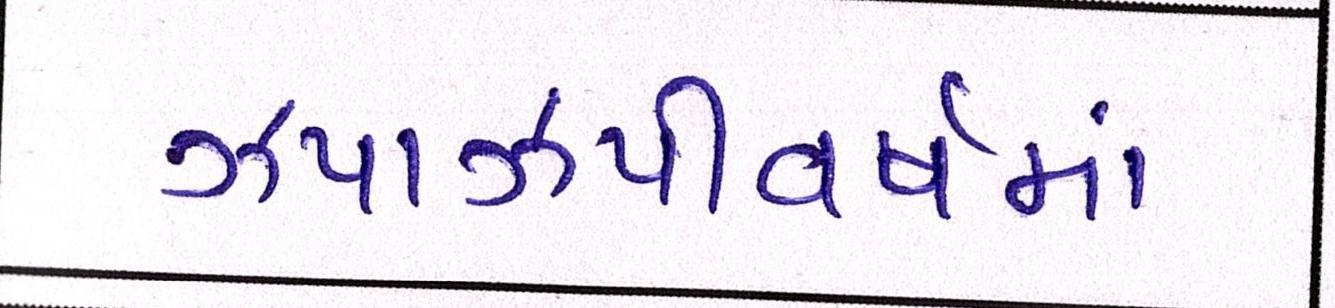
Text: ઝપાઝપીવર્ષમાં